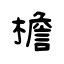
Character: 檐